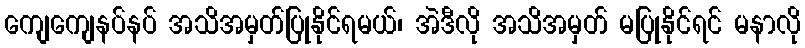
ကျေကျေနပ်နပ် အသိအမှတ်ပြုနိုင်ရမယ်၊ အဲဒီလို အသိအမှတ် မပြုနိုင်ရင် မနာလို